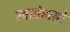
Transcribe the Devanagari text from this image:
स्वातंत्र्याने